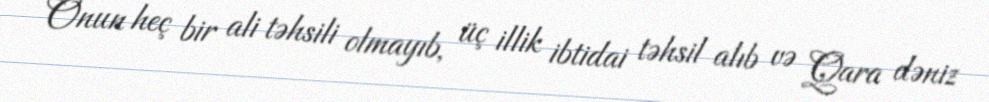
Onun heç bir ali təhsili olmayıb, üç illik ibtidai təhsil alıb və Qara dəniz